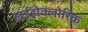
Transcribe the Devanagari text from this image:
हाईड्रोक्लोरिक